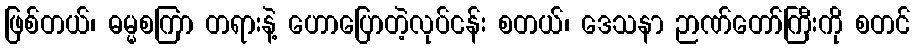
ဖြစ်တယ်၊ ဓမ္မစကြာ တရားနဲ့ ဟောပြောတဲ့လုပ်ငန်း စတယ်၊ ဒေသနာ ဉာဏ်တော်ကြီးကို စတင်